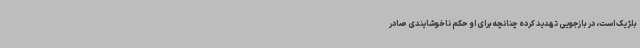
بلژیک است، در بازجویی تهدید کرده چنانچه برای او حکم ناخوشایندی صادر